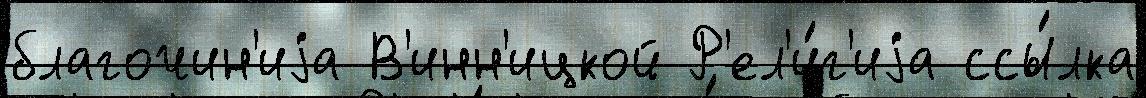
благочин'иjа В'инн'ицкой Р'ел'и́г'иjа ссы́лка